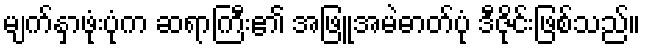
မျက်နှာဖုံးပုံက ဆရာကြီး၏ အဖြူအမဲဓာတ်ပုံ ဒီဇိုင်းဖြစ်သည်။